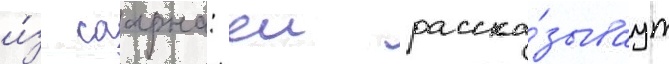
и́з саарна: еи расска́зываут